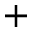
+